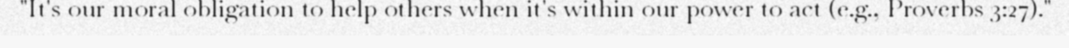
"It's our moral obligation to help others when it's within our power to act (e.g., Proverbs 3:27)."